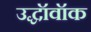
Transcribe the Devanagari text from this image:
उद्धॉवॉक